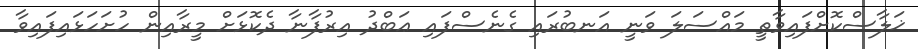
ޚަލާސްކޮށްފައިވާތީ މައްސަލަ ވަނީ އަނބުރައި ގެނެސްފައި ޢަބްދު އިރުފާނާ ދެކޮޅަށް މީރާއިން ހުށަހަޅައިފައިވާ